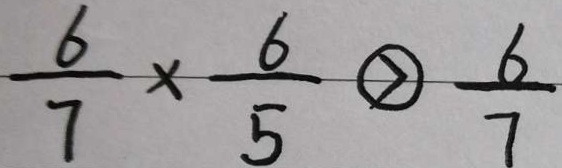
\frac { 6 } { 7 } \times \frac { 6 } { 5 } \textcircled { > } \frac { 6 } { 7 }